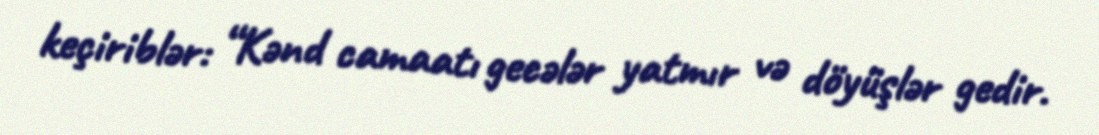
keçiriblər: “Kənd camaatı gecələr yatmır və döyüşlər gedir.